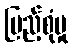
ပြည့်စုံမှု